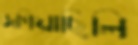
জপিয়াছিলি